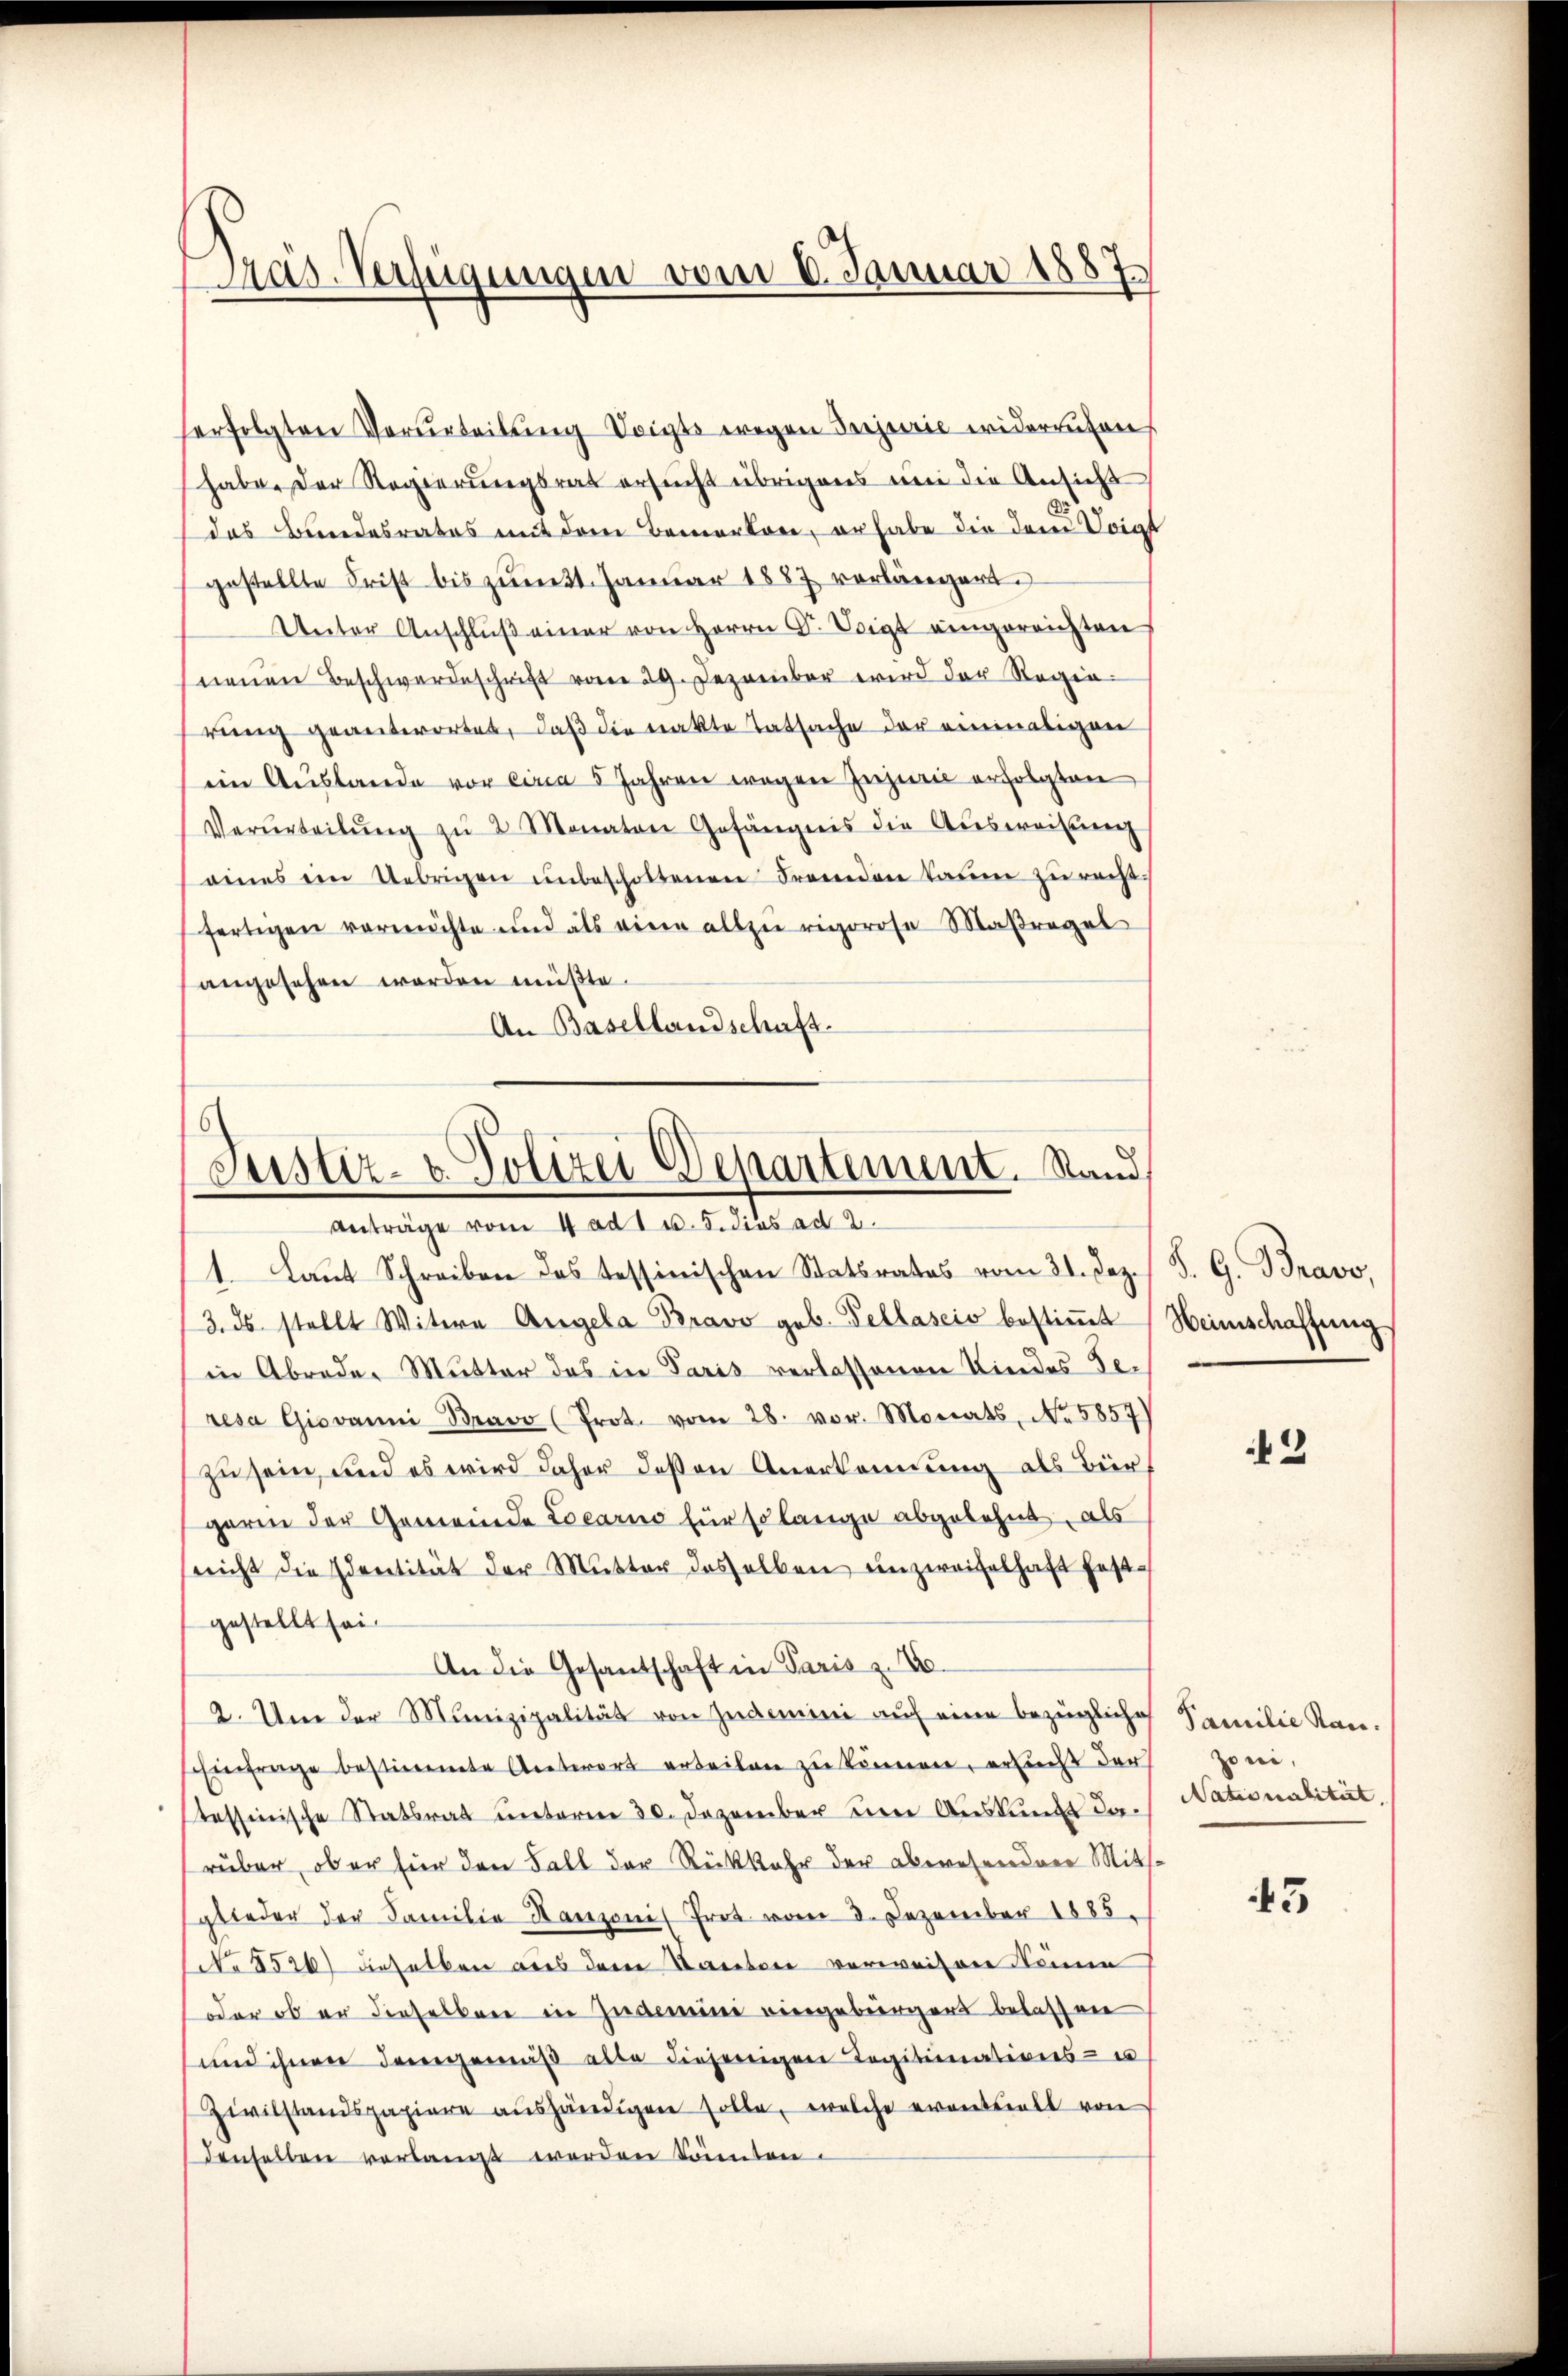
Pras-Verfügungen vom 6. Januar 1887

serfolgten Verurteilung Voigts wegen Injurie widerrufen
habe. Der Regierungsrat ersucht übrigens um die Ansicht,
das Bundesrates mit dem Bemerkere, er habe die dem Voigt
gestellte Frist bis zŭmt. Januar 1887 vorlängert.
Unter Anschlŭβ einer von Herrn G. Voigt eingereichten
nenen Beschwerdeschrift vom 29. Dezember wird der Regierung geantwortet, daß die Trakte Tatsache der einmaligen
ein Auslande vor circa 5 Jahren wegen Injurie erfolgten
Verurteilŭng zŭ 2 Monaten Gefängnis die Aŭsweisung
eines im Uebrigen ŭnbescholtenen Fremden kaum zu recht.
fertigen vermöchte und als eine allzu rigorose Maßregel
angesehen worden müßte.
An Basellandschaft.

Justiz- u. Polizei Departement. Stand,
Anträge vom 4. ad 1 u. 5. dies ad 2.
1. Laut Schreiben das tessinischen Statsrates vom 31. Dez. / B. G. Bravo,

3. ds. stellt Witwe Angela Bravo geb. Pellascio bestiṁt Heimschaffung
in Abrede Mutter das in Paris verlassenen Kindes-Te-
resa Giovanni Bravo (Prot. vom 28. vor. Monats, No 5857)
zu sein, und es wird daher deßen Anerkennung als Biergaren der Gemeinde Locarno für solange abgelehnt, als
nicht die Identität der Mutter dasselben unzweifelhaft festgestellt sei.
An die Gesandschaft in Paris z. B.
2. Um der Munizipalität von Zudemini auf eine bezügliche Familie Kan¬
Einfrage bestimmte Antwort erteilen zu können, ersucht der
stessinische Statsrat unterm 30. Dezember die Auskunft daruber, ob er für den Fall der Rückkehr der abwesendere Mitsglieder der Familie Kanzoni Prot vom 8. Dezember 1885.
No 8526) dieselben aus dem Bauten verweisen könne
oder ob er dieselben in Zudemini viergebürgers belassen
und ihnen demgemäβ alte diejenigen Legitimations- u
Zivilstandspapiere aushändigen solle, welche eventuell von
denselben verlangt werden könnten.

2

43

zoni,
Nationalität.